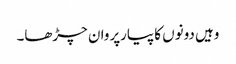
وہیں دونوں کا پیارپروان چڑھا۔